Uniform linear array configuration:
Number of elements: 48
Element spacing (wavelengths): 1
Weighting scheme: binomial
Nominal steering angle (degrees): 60
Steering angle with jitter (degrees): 61.9
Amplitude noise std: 0.05
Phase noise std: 0.05

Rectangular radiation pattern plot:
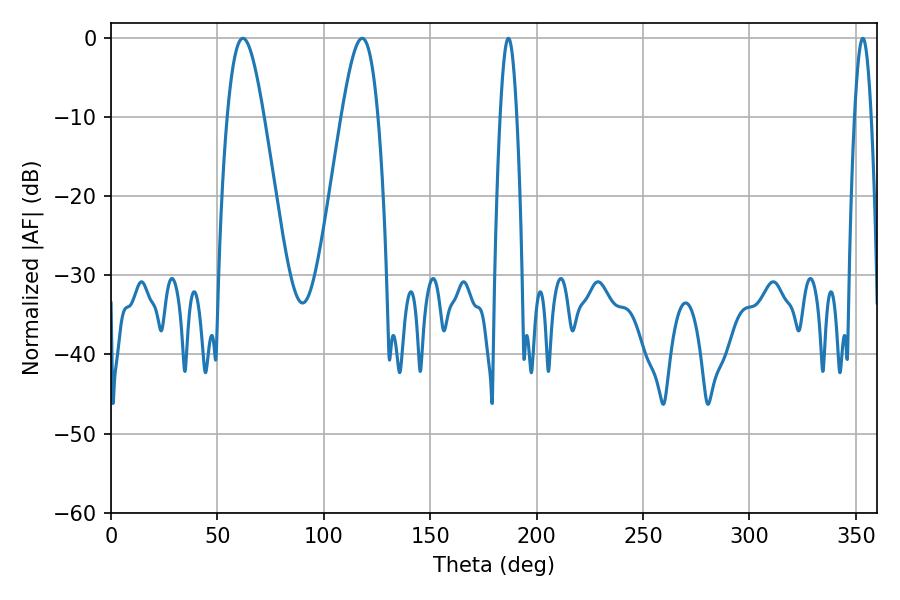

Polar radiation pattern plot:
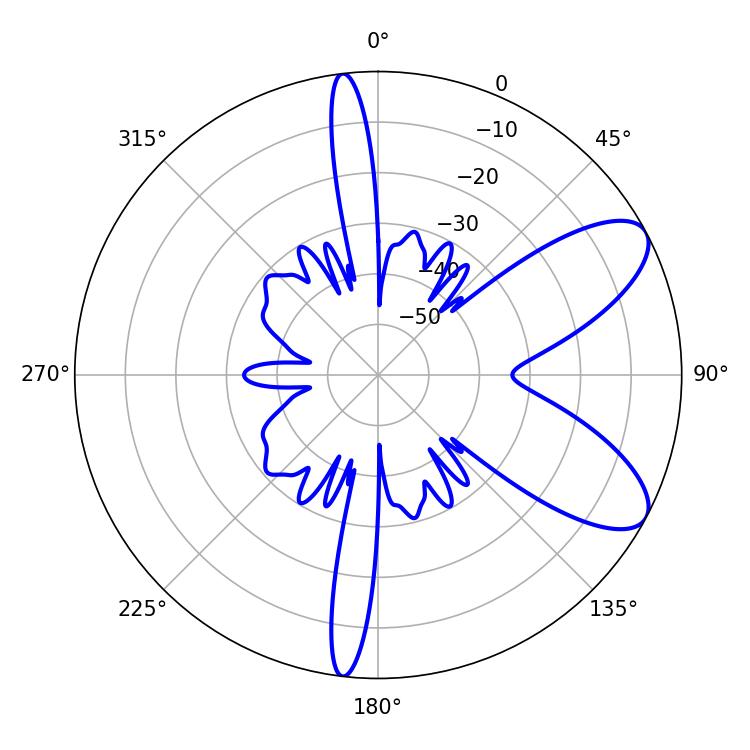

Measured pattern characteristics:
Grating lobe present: TRUE
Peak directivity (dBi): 8.332
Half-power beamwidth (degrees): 9.18
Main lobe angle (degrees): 61.92